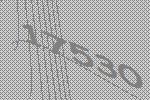
17530